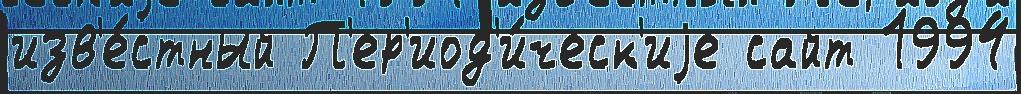
изв'е́стный П'ер'иод'и́ческ'иjе сайт 1994